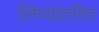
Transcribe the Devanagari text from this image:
लिप्यांतरित